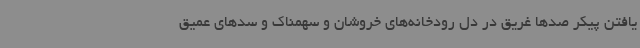
یافتن پیکر صدها غریق در دل رودخانه‌های خروشان و سهمناک و سدهای عمیق